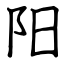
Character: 阳